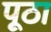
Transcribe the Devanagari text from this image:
पूठा